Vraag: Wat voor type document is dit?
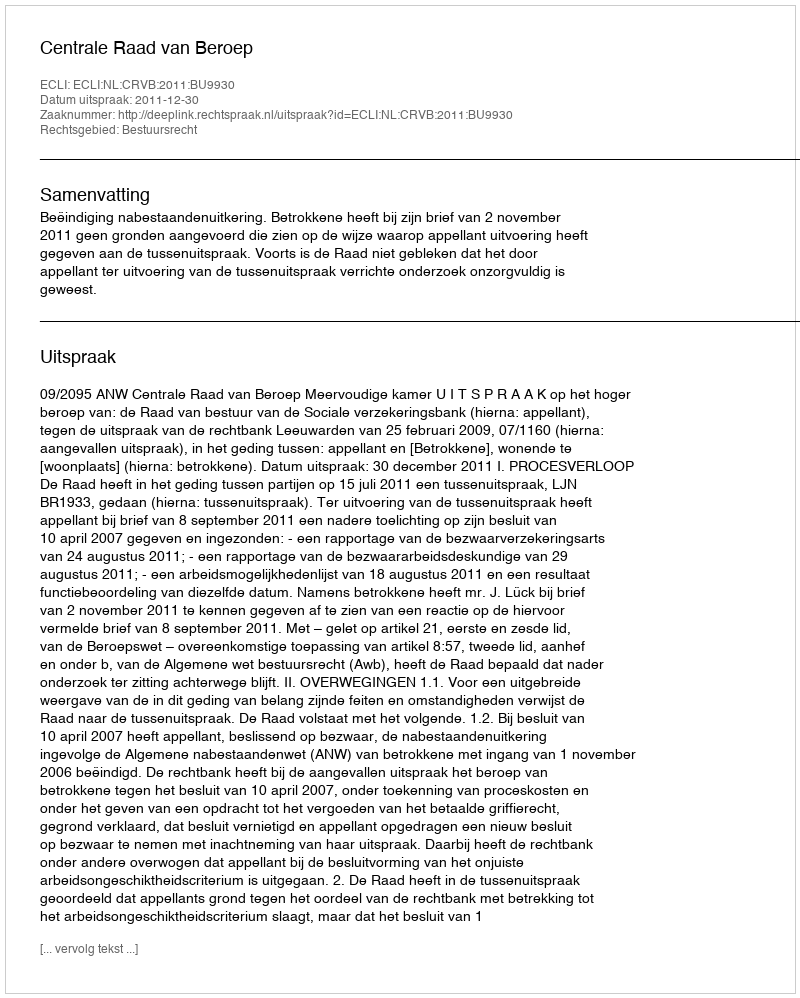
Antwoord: Uitspraak